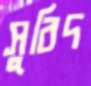
সুবিদ